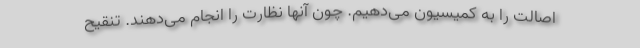
اصالت را به کمیسیون می‌دهیم. چون آنها نظارت را انجام می‌دهند. تنقیح